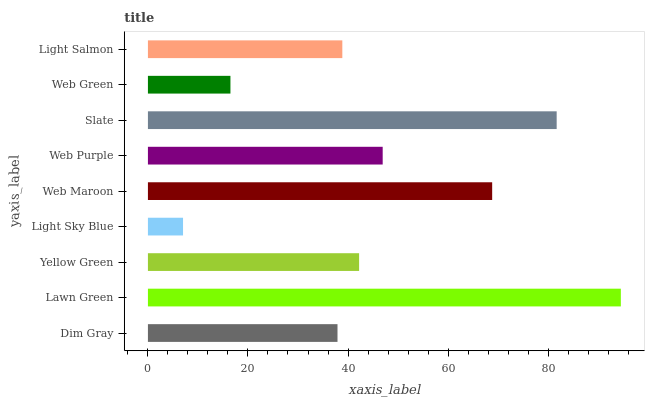
| yaxis_label | bars |
 | --- | --- |
 | Dim Gray | 37.9 |
 | Lawn Green | 94.5 |
 | Yellow Green | 42.2 |
 | Light Sky Blue | 7.02 |
 | Web Maroon | 68.8 |
 | Web Purple | 46.9 |
 | Slate | 81.7 |
 | Web Green | 16.5 |
 | Light Salmon | 38.9 |